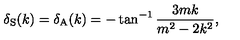
\delta _ { \mathrm { S } } ( k ) = \delta _ { \mathrm { A } } ( k ) = - \tan ^ { - 1 } \frac { 3 m k } { m ^ { 2 } - 2 k ^ { 2 } } ,